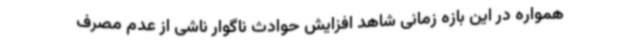
همواره در این بازه زمانی شاهد افزایش حوادث ناگوار ناشی از عدم مصرف